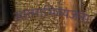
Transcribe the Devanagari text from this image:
आत्‍माभिव्‍यंजना